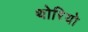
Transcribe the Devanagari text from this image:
थोरियो